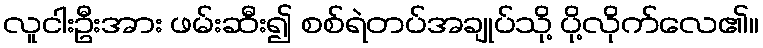
လူငါးဦးအား ဖမ်းဆီး၍ စစ်ရဲတပ်အချုပ်သို့ ပို့လိုက်လေ၏။